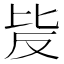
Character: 𣬆